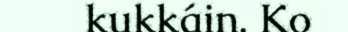
kukkáin. Ko